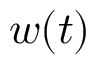
w ( t )